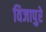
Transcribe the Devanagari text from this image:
विजापुरे